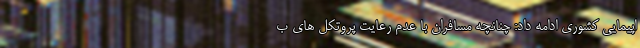
اپیمایی کشوری ادامه داد: چنانچه مسافران با عدم رعایت پروتکل های ب